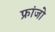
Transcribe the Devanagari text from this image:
फ्रांजो